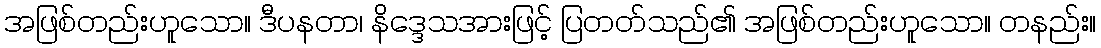
အဖြစ်တည်းဟူသော။ ဒီပနတာ၊ နိဒ္ဒေသအားဖြင့် ပြတတ်သည်၏ အဖြစ်တည်းဟူသော။ တနည်း။